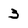
Character: 3